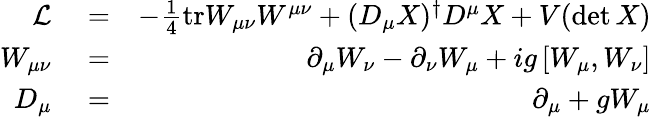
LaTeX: \begin{array}{rlr}{\cal{L}}&{{}=}&{-\frac{1}{4}\mathrm{tr}W_{\mu\nu}W^{\mu\nu}+(D_{\mu}X)^{\dagger}D^{\mu}X+V(\operatorname*{det}X)}\\ {W_{\mu\nu}}&{{}=}&{\partial_{\mu}W_{\nu}-\partial_{\nu}W_{\mu}+ig\left[W_{\mu},W_{\nu}\right]}\\ {D_{\mu}}&{{}=}&{\partial_{\mu}+gW_{\mu}}\end{array}